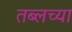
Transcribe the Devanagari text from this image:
तब्लच्या